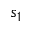
s _ { 1 }